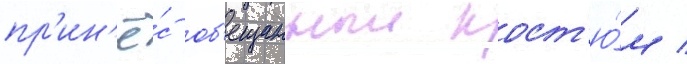
пр'ин'ё́с об'ещанныи кост'ю́м /